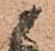
ま